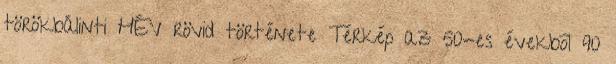
törökbálinti HÉV rövid története Térkép az 50-es évekbõl 90